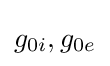
g_{0i},g_{0e}